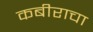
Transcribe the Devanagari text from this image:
कबीराचा